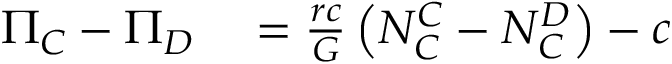
\begin{array} { r l } { \Pi _ { C } - \Pi _ { D } } & { { } = \frac { r c } { G } \left( N _ { C } ^ { C } - N _ { C } ^ { D } \right) - c } \end{array}